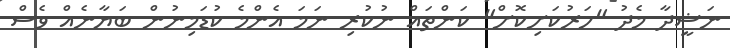
ނަޝީދާ މެދު "ހަރުކަށިކޮށް" ކަންތައް ނުކުރި ނަމަ އެންމެ ކުޑަމިނުން ބަޔާނެއް ވެސް